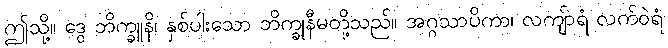
ဤသို့။ ဒွေ ဘိက္ခူနိ၊ နှစ်ပါးသော ဘိက္ခုနီမတို့သည်။ အဂ္ဂသာပိကာ၊ လကျ်ာရံ လက်ဝဲရံ